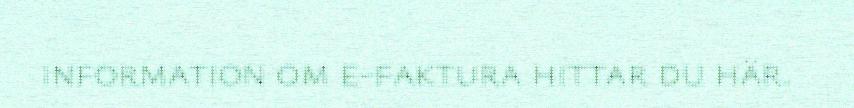
information om e-faktura hittar du här.